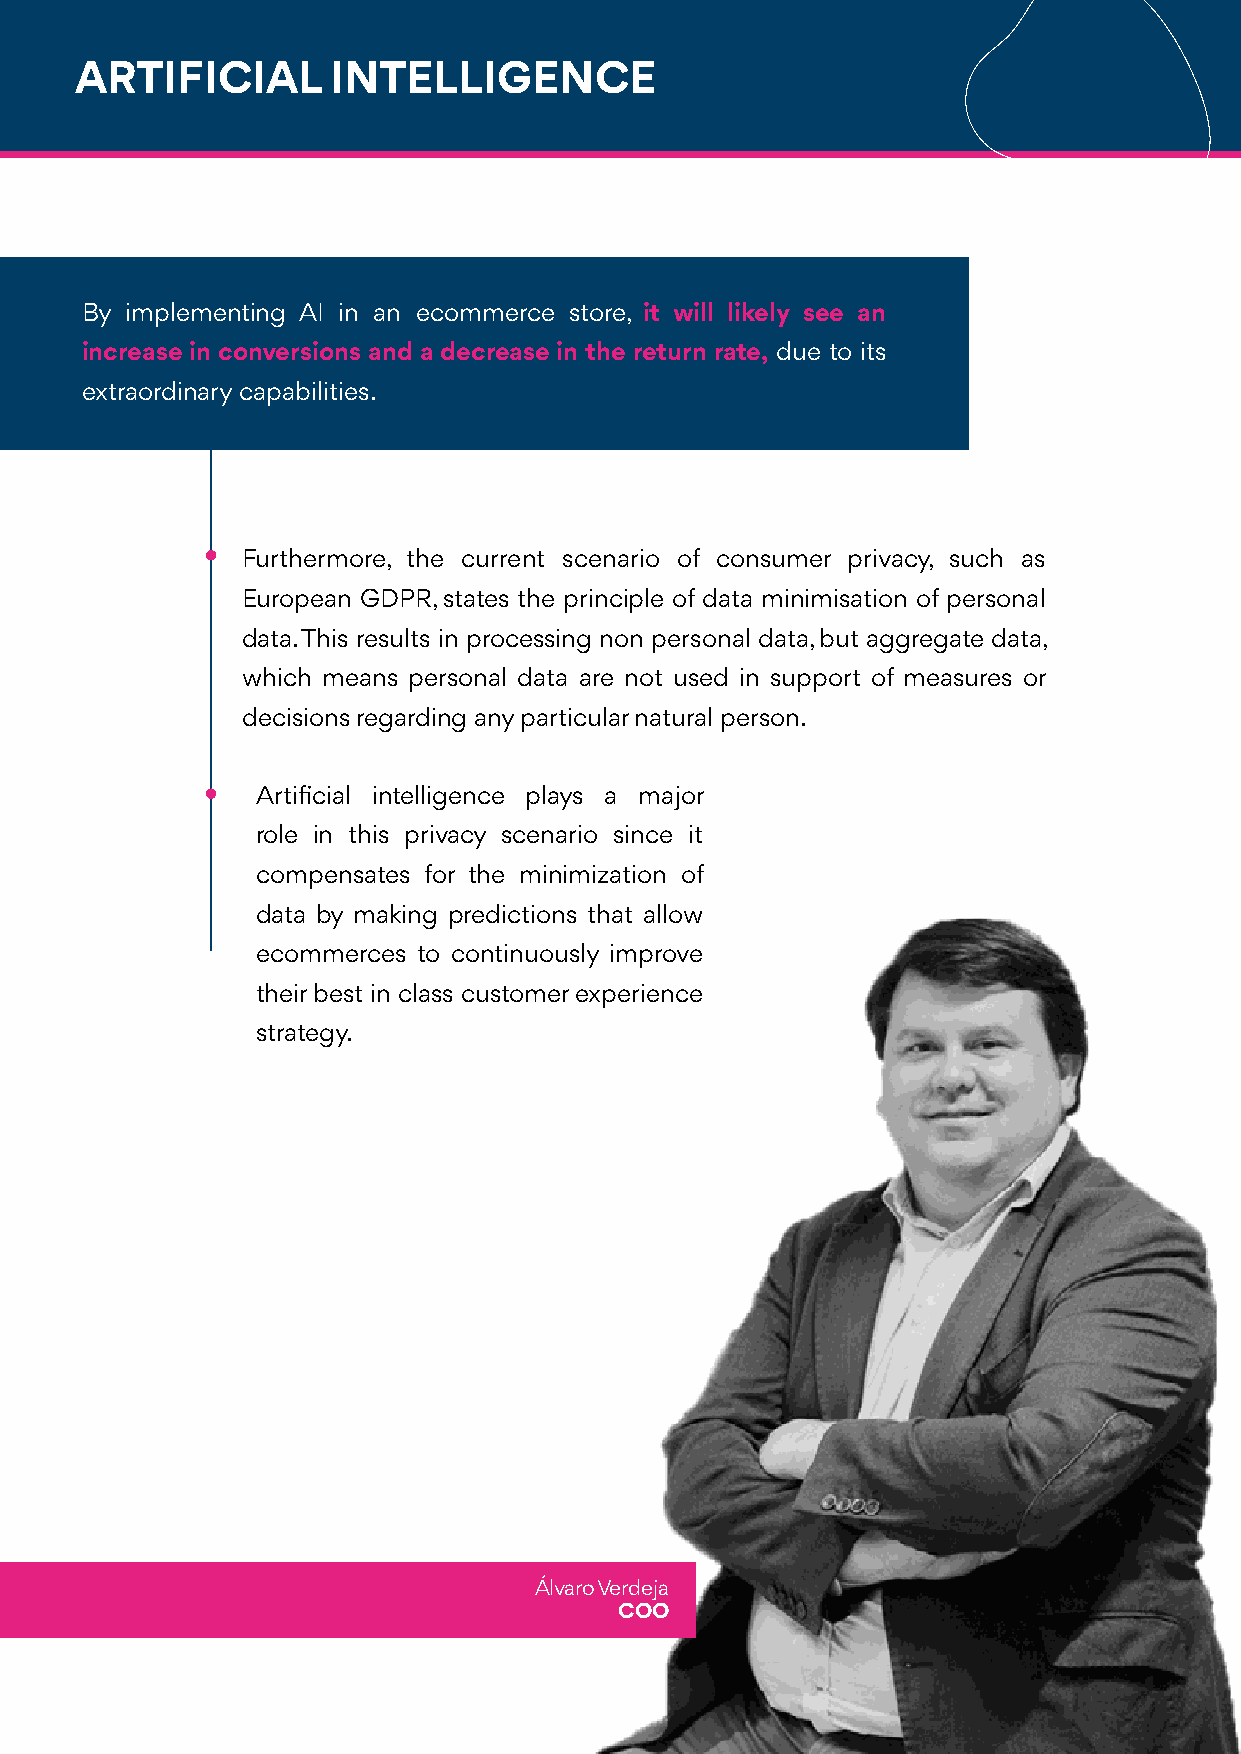
ARTIFICIAL       INTELLIGENCE
 By implementing AI in an ecommerce store, it will likely see an
 increase in conversions and a decrease in the return rate, due to its
 extraordinary capabilities.
 Furthermore, the current scenario of consumer privacy, such as
 European GDPR, states the principle of data minimisation of personal
 data. This results in processing non personal data, but aggregate data,
 which means personal data are not used in support of measures or
 decisions regarding any particular natural person.
 Artificial intelligence plays a major
 role in this privacy scenario since it
 compensates for the minimization of
 data by making predictions that allow
 ecommerces to continuously improve
 their best in class customer experience
 strategy.
 Álvaro Verdeja
 COO